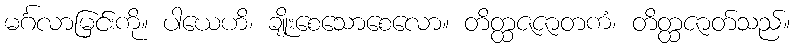
မင်္ဂလာမြင်းကို။ ပါယေဟိ၊ ချိုးစေသောစေလော။ တိတ္ထဇဇာတကံ၊ တိတ္ထဇာတ်သည်။